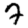
Digit: 7